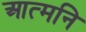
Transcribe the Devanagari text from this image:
आत्मनि